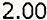
2.00